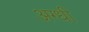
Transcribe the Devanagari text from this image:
अग्धी